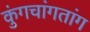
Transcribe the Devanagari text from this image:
कुंगचांगतांग